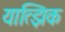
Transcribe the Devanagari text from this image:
यात्झिक